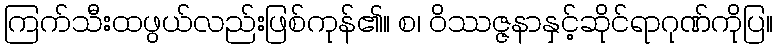
ကြက်သီးထဖွယ်လည်းဖြစ်ကုန်၏။ စ၊ ဝိဿဇ္ဇနာနှင့်ဆိုင်ရာဂုဏ်ကိုပြ။